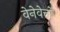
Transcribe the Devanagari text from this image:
वेनेवेत्तो